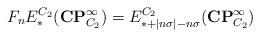
LaTeX: \begin{align*}F_nE^{C_2}_*(\mathbf{CP}^\infty_{C_2}) = E^{C_2}_{*+|n\sigma|-n\sigma}(\mathbf{CP}^\infty_{C_2})\end{align*}